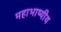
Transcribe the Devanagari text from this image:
महाभाष्यीय